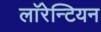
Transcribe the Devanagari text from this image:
लाॅरेन्टियन